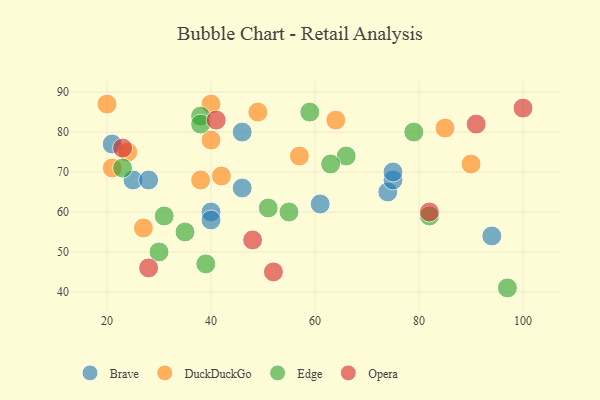
{"axis": {"x": "GDP", "y": "Life Expectancy"}, "legend": ["Brave", "DuckDuckGo", "Edge", "Opera"], "data": [{"x": "74", "y": 65, "type": "Brave"}, {"x": "40", "y": 60, "type": "Brave"}, {"x": "40", "y": 58, "type": "Brave"}, {"x": "46", "y": 80, "type": "Brave"}, {"x": "75", "y": 68, "type": "Brave"}, {"x": "94", "y": 54, "type": "Brave"}, {"x": "46", "y": 66, "type": "Brave"}, {"x": "25", "y": 68, "type": "Brave"}, {"x": "61", "y": 62, "type": "Brave"}, {"x": "21", "y": 77, "type": "Brave"}, {"x": "75", "y": 70, "type": "Brave"}, {"x": "28", "y": 68, "type": "Brave"}, {"x": "40", "y": 87, "type": "DuckDuckGo"}, {"x": "49", "y": 85, "type": "DuckDuckGo"}, {"x": "90", "y": 72, "type": "DuckDuckGo"}, {"x": "21", "y": 71, "type": "DuckDuckGo"}, {"x": "64", "y": 83, "type": "DuckDuckGo"}, {"x": "24", "y": 75, "type": "DuckDuckGo"}, {"x": "20", "y": 87, "type": "DuckDuckGo"}, {"x": "57", "y": 74, "type": "DuckDuckGo"}, {"x": "40", "y": 78, "type": "DuckDuckGo"}, {"x": "85", "y": 81, "type": "DuckDuckGo"}, {"x": "38", "y": 68, "type": "DuckDuckGo"}, {"x": "27", "y": 56, "type": "DuckDuckGo"}, {"x": "42", "y": 69, "type": "DuckDuckGo"}, {"x": "59", "y": 85, "type": "Edge"}, {"x": "30", "y": 50, "type": "Edge"}, {"x": "79", "y": 80, "type": "Edge"}, {"x": "38", "y": 84, "type": "Edge"}, {"x": "35", "y": 55, "type": "Edge"}, {"x": "66", "y": 74, "type": "Edge"}, {"x": "39", "y": 47, "type": "Edge"}, {"x": "82", "y": 59, "type": "Edge"}, {"x": "51", "y": 61, "type": "Edge"}, {"x": "97", "y": 41, "type": "Edge"}, {"x": "31", "y": 59, "type": "Edge"}, {"x": "63", "y": 72, "type": "Edge"}, {"x": "55", "y": 60, "type": "Edge"}, {"x": "23", "y": 71, "type": "Edge"}, {"x": "38", "y": 82, "type": "Edge"}, {"x": "91", "y": 82, "type": "Opera"}, {"x": "100", "y": 86, "type": "Opera"}, {"x": "82", "y": 60, "type": "Opera"}, {"x": "52", "y": 45, "type": "Opera"}, {"x": "48", "y": 53, "type": "Opera"}, {"x": "41", "y": 83, "type": "Opera"}, {"x": "28", "y": 46, "type": "Opera"}, {"x": "23", "y": 76, "type": "Opera"}]}